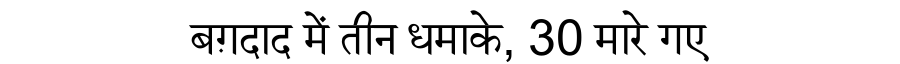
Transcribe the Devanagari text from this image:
बग़दाद में तीन धमाके, 30 मारे गए